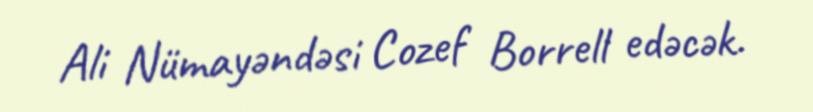
Ali Nümayəndəsi Cozef Borrell edəcək.